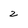
Character: 2